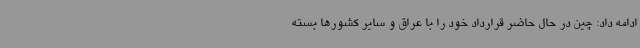
ادامه داد: چین در حال حاضر قرارداد خود را با عراق و سایر کشورها بسته